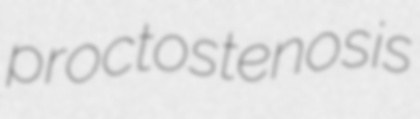
proctostenosis